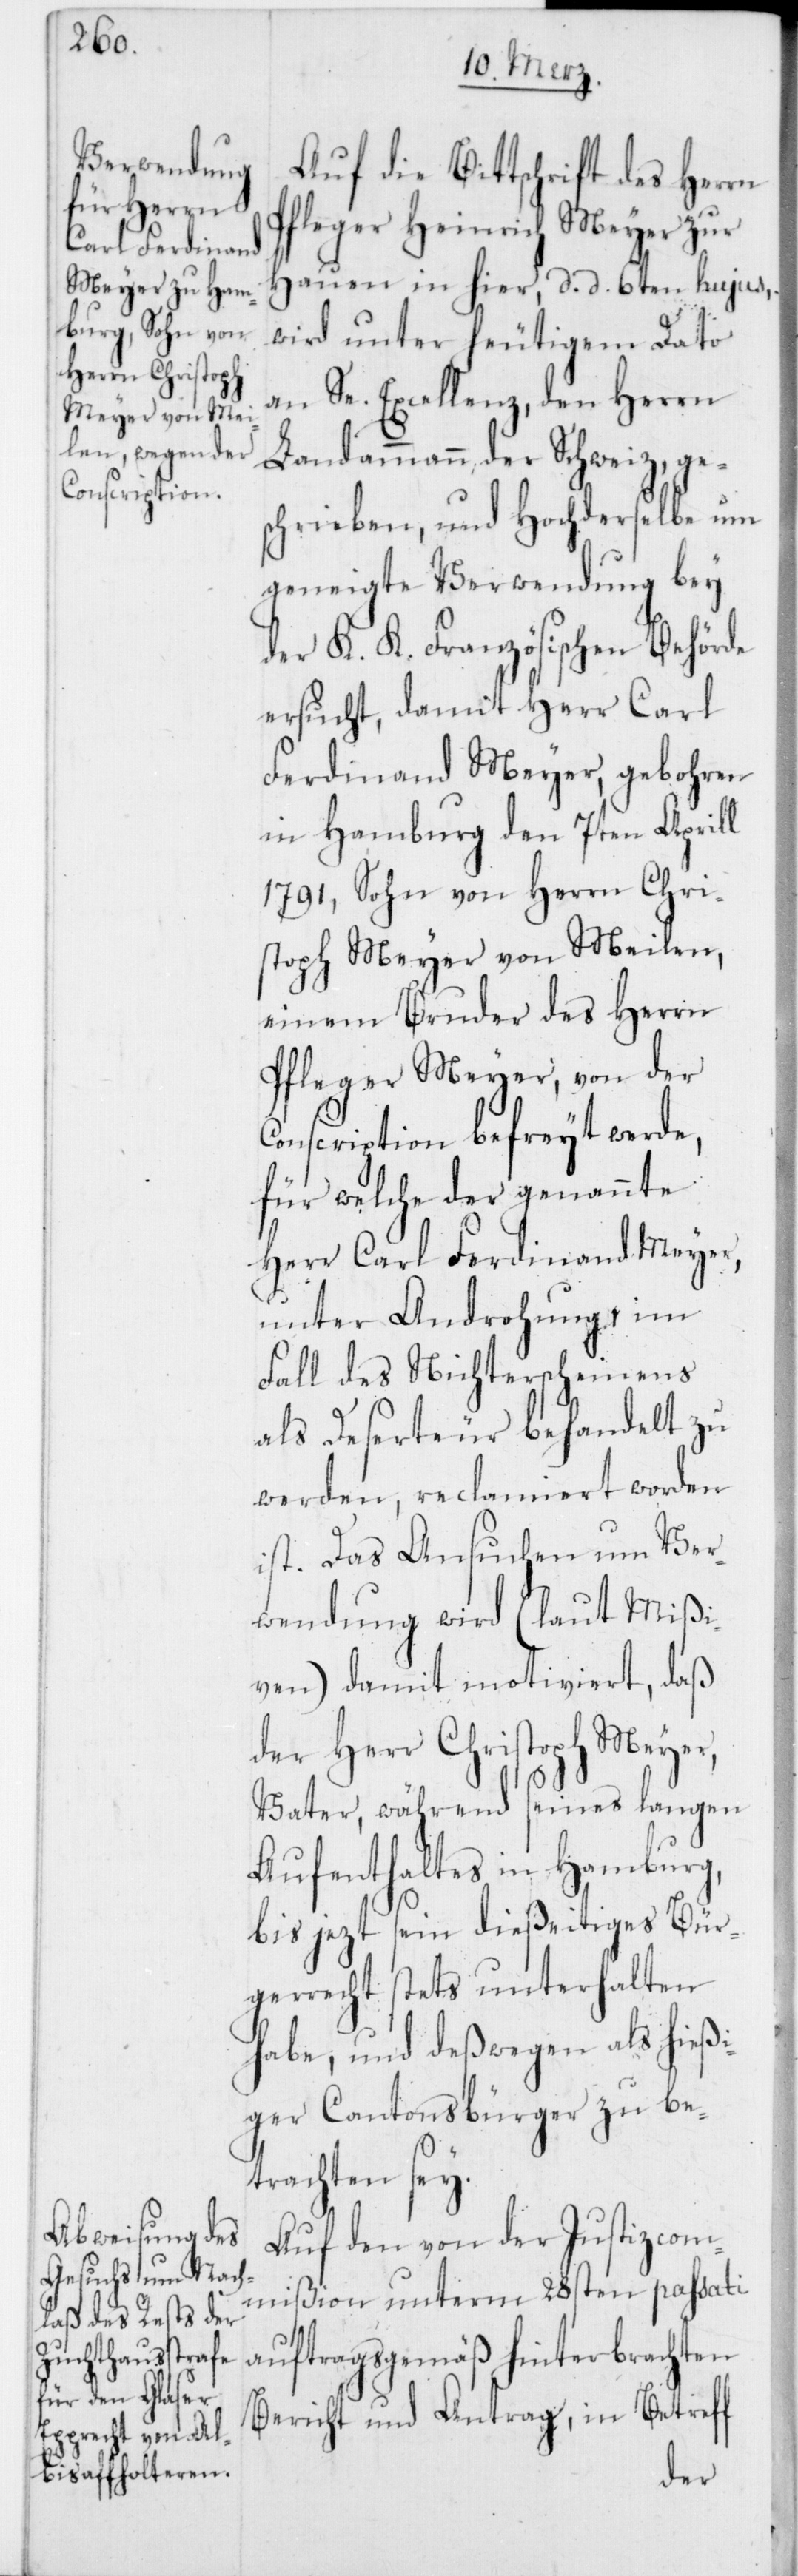
Auf die Bittschrift des Herrn
Pfleger Heinrich Meyer zur
Hauen in hier, d. d. 6ten hujus,
wird unter heutigem Dato
an Se. Excellenz, den Herrn
Landammann der Schweiz, ge¬
schrieben, und Hochderselbe um
geneigte Verwendung bey
der K. K. Französischen Behörde
ersucht, damit Herr Carl
Ferdinand Meyer, gebohren
in Hamburg den 7ten Aprill
1791, Sohn von Herrn Chri¬
stoph Meyer von Meilen,
einem Bruder des Herrn
Pfleger Meyer, von der
Conscription befreyt werde,
für welche der genannte
Herr Carl Ferdinand Meyer,
unter Androhung im
Fall des Nichterscheinens
als Deserteur behandelt zu
werden, reclamiert worden
ist. Das Ansuchen um Ver¬
wendung wird (laut Mißi¬
ven) damit motiviert, daß
der Herr Christoph Meyer,
Vater, während seines langen
Aufenthaltes in Hamburg,
bis jezt sein dießeitiges Bür¬
gerrecht stets unterhalten
habe, und deßwegen als hießi¬
ger Cantonsbürger zu be¬
trachten sey.
Auf den von der Justizcom¬
mißion unterm 28sten passati
auftragsgemäß hinterbrachten
Bericht und Antrag, in Betreff